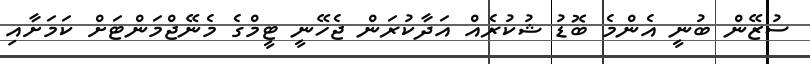
ސުޒޭން ބުނީ އެންމެ ބޮޑު ޝުކުރެއް އަދާކުރަން ޖެހޭނީ ޓީމްގެ މެނޭޖްމަންޓަށް ކަމަށާއި